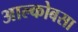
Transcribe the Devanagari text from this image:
आल्कोबसा